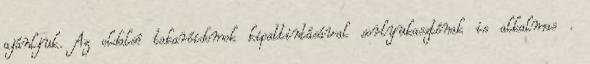
ajánljuk. Az oldalsó takaróidomok kipattintásával sorlyukasztónak is alkalmas .